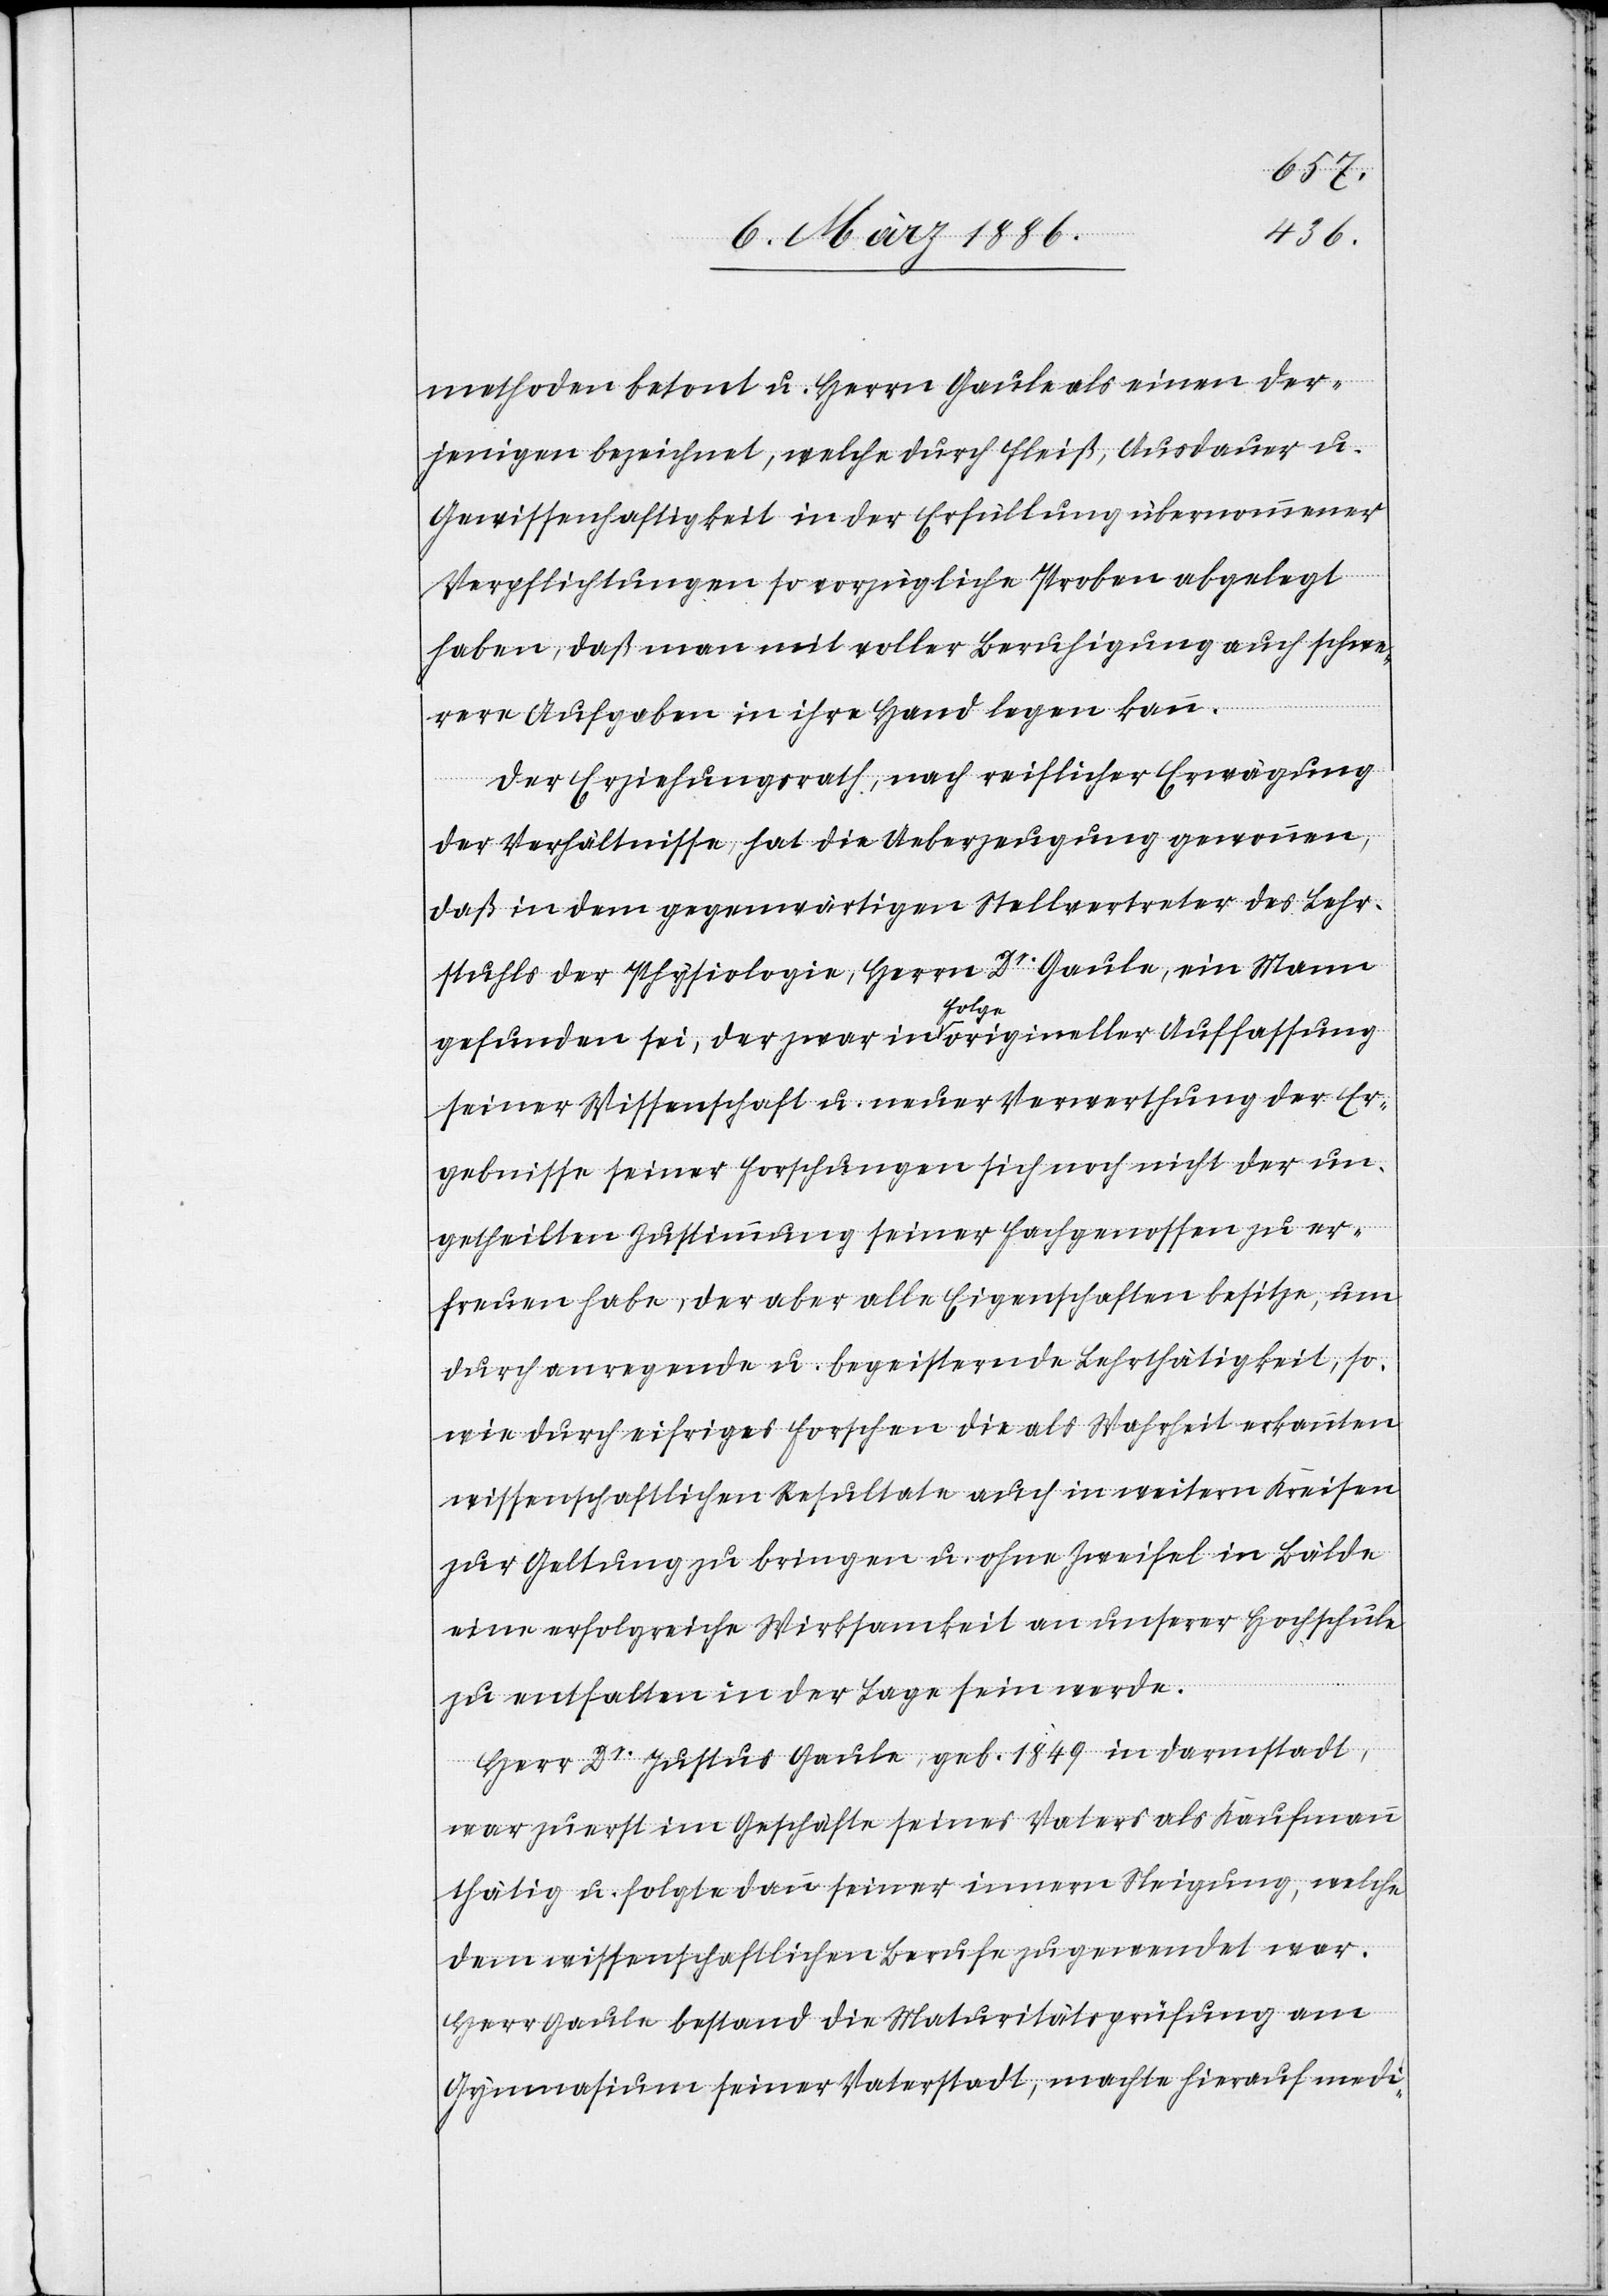
methoden betont u. Herrn Gaule als einen der¬
jenigen bezeichnet, welche durch Fleiß, Ausdauer u.
Gewissenhaftigkeit in der Erfüllung übernommener
Verpflichtungen so vorzügliche Proben abgelegt
haben, daß man mit voller Beruhigung auch schw¬
ere Aufgaben in ihre Hand legen kann.
Der Erziehungsrath, nach reiflicher Erwägung
der Verhältnisse, hat die Ueberzeugung gewonnen,
daß in dem gegenwärtigen Stellvertreter des Lehr¬
stuhls der Physiologie, Herrn Dr. Gaule, ein Mann
gefunden sei, der zwar in Folge origineller Auffassung
seiner Wissenschaft u. neuer Verwerthung der Er¬
gebnisse seiner Forschungen sich noch nicht der un¬
getheilten Zustimmung seiner Fachgenossen zu er¬
freuen habe, der aber alle Eigenschaften besitze, um
durch anregende u. begeisternde Lehrtätigkeit, so¬
wie durch eifriges Forschen die als Wahrheit erkannten
wissenschaftlichen Resultate auch in weitern Kreisen
zur Geltung zu bringen u. ohne Zweifel in Bälde
eine erfolgreiche Wirksamkeit an unserer Hochschule
zu entfalten in der Lage sein werde.
Herr Dr. Justus Gaule, geb. 1849 in Darmstadt,
war zuerst im Geschäfte seines Vaters als Kaufmann
thätig u. folgte dann seiner innern Neigung, welche
dem wissenschaftlichen Berufe zugewendet war.
Herr Gaule bestand die Maturitätsprüfung am
Gymnasium seiner Vaterstadt, machte hierauf medi-